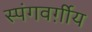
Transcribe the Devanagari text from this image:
स्पंगवर्ग़ीय